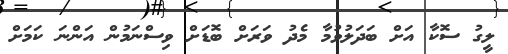
ލީގު ސޮކާ އަށް ބަދަލުވުމާ މެދު ވަރަށް ބޮޑަށް ވިސްނަމުން އަންނަ ކަމަށް